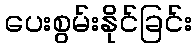
ပေးစွမ်းနိုင်ခြင်း